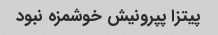
پیتزا پپرونیش خوشمزه نبود